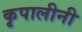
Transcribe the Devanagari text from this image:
कृपालीनी